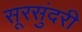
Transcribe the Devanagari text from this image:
सूरसुंदरी